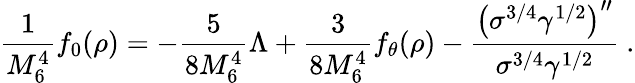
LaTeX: \frac{1}{M_{6}^{4}}f_{0}(\rho)=-\frac{5}{8M_{6}^{4}}{\Lambda}+\frac{3}{8M_{6}^{4}}f_{\theta}(\rho)-\frac{{\left(\sigma^{3/4}\gamma^{1/2}\right)}^{\prime\prime}}{\sigma^{3/4}\gamma^{1/2}}\ .